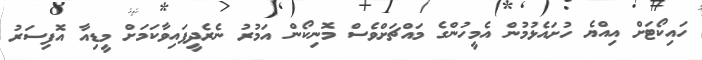
ހައިކޯޓަށް އިއްޔެ ހުށައެޅުމުން އެމީހުންގެ މައްޗަށްވެސް މޮނިކޯން އަމުރު ނެރެދީފައިވާކަމަށް މީޑިއާ އޮފިސަރު